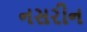
નસરીન